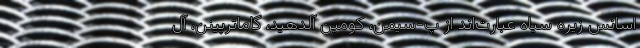
اسانس زیره سیاه عبارت‌اند از پ-سیمن، کومین آلدهید، گاماترپینن، آل